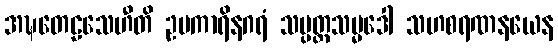
အဍ္ဎတေဠသေဟီတိ ဥပကာရိနဂရံ သမ္ပတ္တသမ္မဒေါ သဟစရဏနယေန